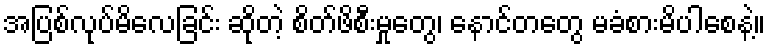
အပြစ်လုပ်မိလေခြင်း ဆိုတဲ့ စိတ်ဖိစီးမှုတွေ၊ နောင်တတွေ မခံစားမိပါစေနဲ့။